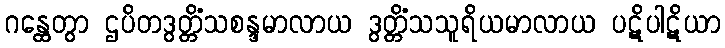
ဂန္ထေတွာ ဌပိတဒွတ္တိံသစန္ဒမာလာယ ဒွတ္တိံသသူရိယမာလာယ ပဋိပါဋိယာ